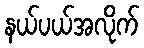
နယ်ပယ်အလိုက်